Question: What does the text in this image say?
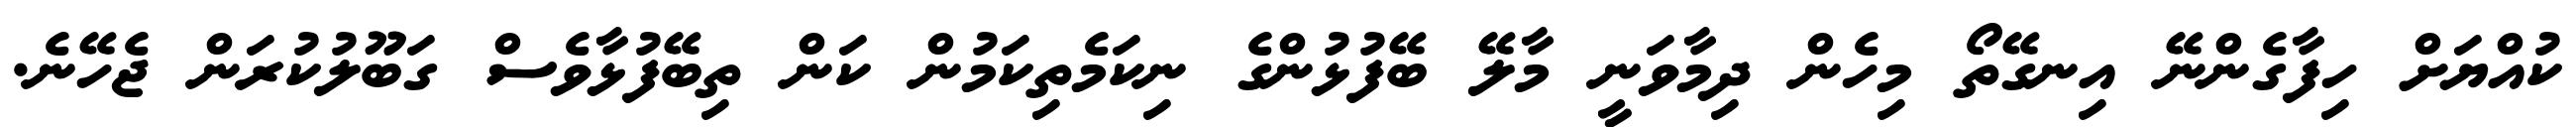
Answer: ކުއްޔަށް ހިފާގެންނޭ އިނގޭތޯ މިހެން ދިމާވަނީ މާލޭ ބޭފުޅުންގެ ނިކަމެތިކަމުން ކަން ތިބޭފުޅާވެސް ގަބޫލުކުރަން ޖެހޭނެ.